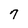
Character: 7